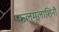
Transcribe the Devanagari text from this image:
फलमूलाशिनौ